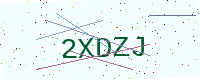
Text: 2XDZJ